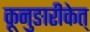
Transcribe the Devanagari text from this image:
कूनुङारीकेत्